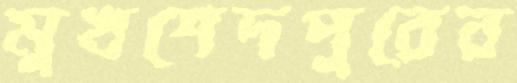
মুখশেদপুরের